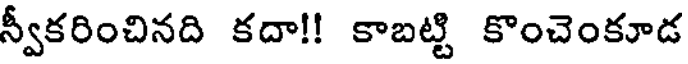
న్వీకరించినది కదా!! కాబట్టి కొంచెంకూడ